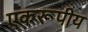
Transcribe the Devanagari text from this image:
एकरूपीय